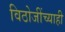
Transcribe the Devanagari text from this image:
विठोजींच्याही